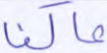
عاكفا